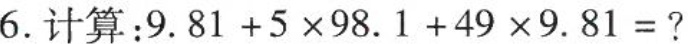
6.计算：9.81+5×98.1+49×9.81=?